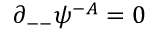
\partial _ { -- } \psi ^ { - { \cal A } } = 0